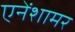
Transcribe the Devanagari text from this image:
एनेंशामर